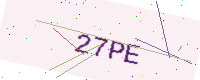
Text: 27PE